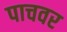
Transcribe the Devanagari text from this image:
पाचवर